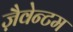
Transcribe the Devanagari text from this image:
ज़ैवेन्टम